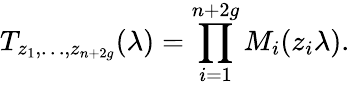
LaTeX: T_{z_{1},\dots,z_{n+2g}}(\lambda)=\prod_{i=1}^{n+2g}{M_{i}(z_{i}\lambda)}.